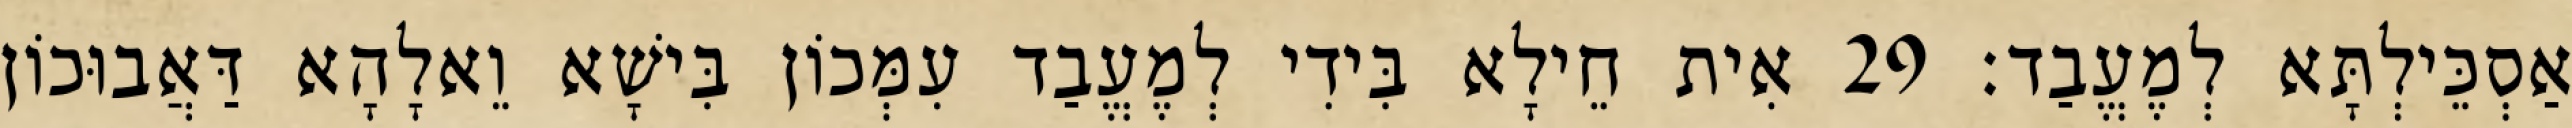
אַסְכֵּילְתָּא לְמֶעֱבַד׃ 29 אִית חֵילָא בִּידִי לְמֶעֱבַד עִמְּכוֹן בִּישָׁא וֵאלָהָא דַּאֲבוּכוֹן